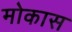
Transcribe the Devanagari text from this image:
मोकास